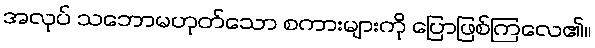
အလုပ် သဘောမဟုတ်သော စကားများကို ပြောဖြစ်ကြလေ၏။